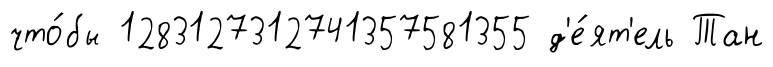
что́бы 1283127312741357581355 д'е́ят'ель Тан